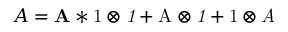
A = \mathbf { A } * \mathrm { 1 } \otimes \mathit { 1 } + \mathrm { A } \otimes \mathit { 1 } + \mathrm { 1 } \otimes \mathit { A }